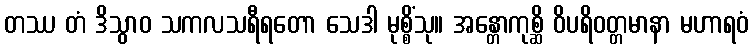
တဿ တံ ဒိသွာဝ သကလသရီရတော သေဒါ မုစ္စိံသု။ အန္တောကုစ္ဆိ ဝိပရိဝတ္တမာနာ မဟာရဝံ